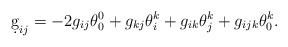
\begin{align*}\d g_{ij}=-2g_{ij}\theta^0_0+g_{kj}\theta^k_i+g_{ik}\theta^k_j+g_{ijk}\theta^k_0. \end{align*}